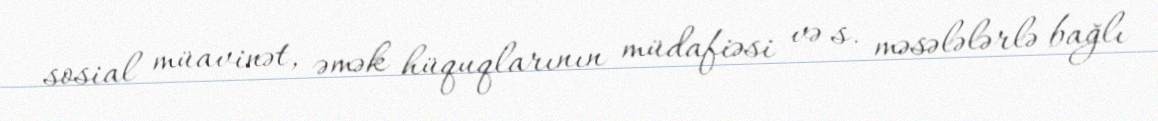
sosial müavinət, əmək hüquqlarının müdafiəsi və s. məsələlərlə bağlı